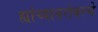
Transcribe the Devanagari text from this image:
ह्यांच्याबरोबरचे